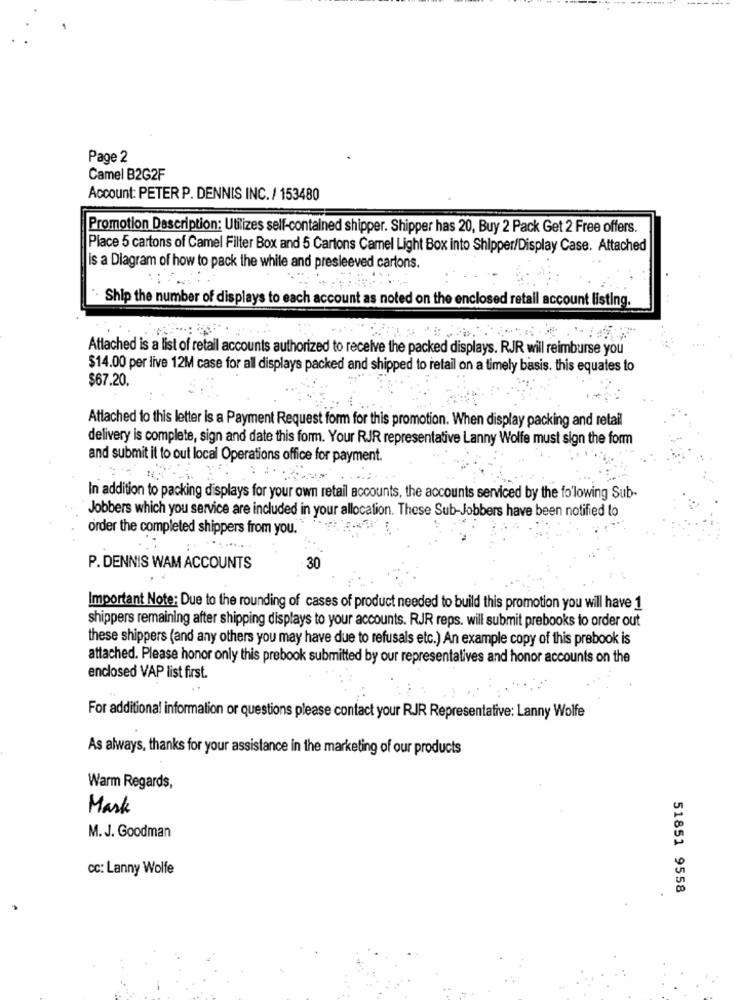
Page 2
Camel B2G2F
Account: PETER P. DENNIS INC. / 153480
Promotion Description: Utilizes self-contained shipper. Shipper has 20, Buy 2 Pack Get 2 Free offers.
Place 5 cartons of Camel Filter Box and 5 Cartons Camel Light Box into Shipper/Display Case. Attached
is a Diagram of how to pack the while and presleeved cartons.
Ship the number of displays to each account as noted on the enclosed retail account listing.
Attached is a list of retail accounts authorized to receive the packed displays. RJR will reimburse you
$14.00 per live 12M case for all displays packed and shipped to retail on a timely basis. this equates to
$67.20.
Attached to this letter is a Payment Request form for this promotion. When display packing and retail
delivery is complete, sign and date this form. Your RJR representative Lanny Wolfe must sign the form
and submit it to out local Operations office for payment.
In addition to packing displays for your own retail accounts, the accounts serviced by the folowing Sub-
Jobbers which you service are included in your allocation. These Sub-Jobbers have been notified to
order the completed shippers from you.
P. DENNIS WAM ACCOUNTS
30
Important Note: Due to the rounding of cases of product needed to build this promotion you will have 1
shippers remaining after shipping displays to your accounts. RJR reps. will submit prebooks to order out
these shippers (and any others you may have due to refusals etc.) An example copy of this prebook is
attached. Please honor only this prebook submitted by our representatives and honor accounts on the
enclosed VAP list first.
For additional information or questions please contact your RJR Representative: Lanny Wolfe
As always, thanks for your assistance in the marketing of our products
Warm Regards,
Mark
M. J. Goodman
cc: Lanny Wolfe
51851 9558